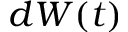
d W ( t )